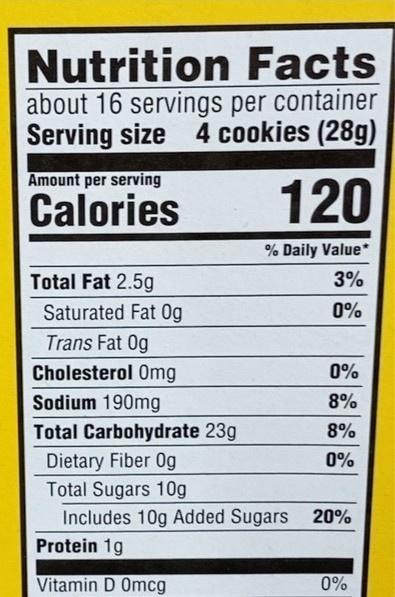
Nutrition Facts about 16 servings per container Serving size 4 cookies (28g)
Amount per serving
Calories
120
% Daily Value*
Total Fat 2.5g
3%
Saturated Fat Og
0%
Trans Fat 0g
Cholesterol 0mg
0%
Sodium 190mg
8%
Total Carbohydrate 23g
8%
0%
Dietary Fiber 0g Total Sugars 10g
Includes 10g Added Sugars 20%
Protein 1g
Vitamin D Omcg
0%